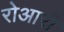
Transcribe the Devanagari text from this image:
रोआरी